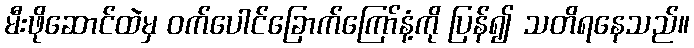
မီးဖိုဆောင်ထဲမှ ဝက်ပေါင်ခြောက်ကြော်နံ့ကို ပြန်၍ သတိရနေသည်။